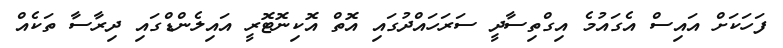
ފަހަކަށް އައިސް އެގައުމެ އިގްތިސާދީ ސަރަހައްދުގައި އޮތް އޮކިނޮޓޮރީ އައިލެންޑްގައި ދިރާސާ ތަކެއް